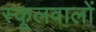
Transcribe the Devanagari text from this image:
स्कूलवालों